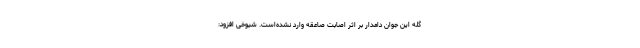
گله این جوان دامدار بر اثر اصابت صاعقه وارد نشده‌است. شیوخی افزود: